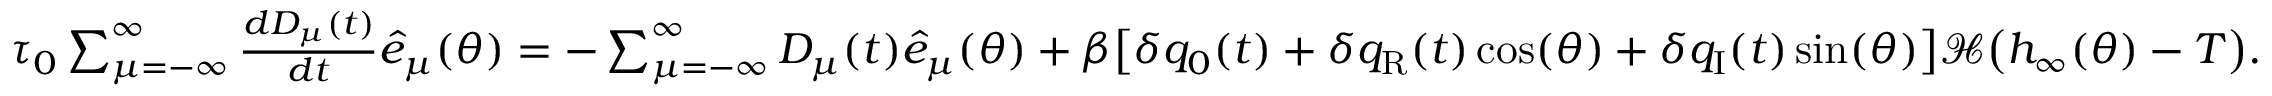
\begin{array} { r } { \tau _ { 0 } \sum _ { \mu = - \infty } ^ { \infty } \frac { d D _ { \mu } ( t ) } { d t } { \hat { e } _ { \mu } ( \theta ) } = - \sum _ { \mu = - \infty } ^ { \infty } D _ { \mu } ( t ) \hat { e } _ { \mu } ( \theta ) + \beta \big [ \delta q _ { 0 } ( t ) + \delta q _ { \mathrm { { R } } } ( t ) \cos ( \theta ) + \delta q _ { \mathrm { { I } } } ( t ) \sin ( \theta ) \big ] \mathcal { H } \big ( h _ { \infty } ( \theta ) - T \big ) . } \end{array}